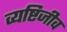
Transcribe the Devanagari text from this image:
व्यष्टिजीव